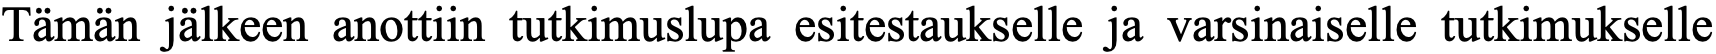
Tämän jälkeen anottiin tutkimuslupa esitestaukselle ja varsinaiselle tutkimukselle